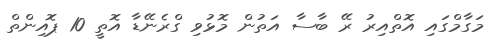
މަގާމްގައި އޮތްއިރު ރޭ ބާސާ އަތުން މޮޅުވި ގްރެނޭޑާ އޮތީ 10 ޕޮއިންތް